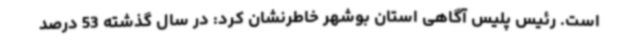
است. رئیس پلیس آگاهی استان بوشهر خاطرنشان کرد: در سال گذشته 53 درصد